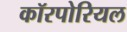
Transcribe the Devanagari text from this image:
कॉरपोरियल